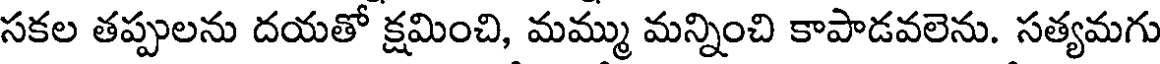
సకల తప్పులను దయతో క్షమించి, మమ్ము మన్నించి కాపాడవలెను. సత్యమగు